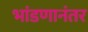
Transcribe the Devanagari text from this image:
भांडणानंतर